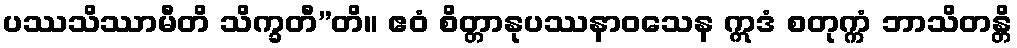
ပဿသိဿာမီတိ သိက္ခတီ”တိ။ ဧဝံ စိတ္တာနုပဿနာဝသေန ဣဒံ စတုက္ကံ ဘာသိတန္တိ